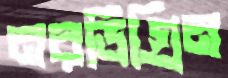
নরডিগ্রিন